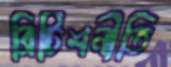
ব্রিটিশনীতি